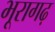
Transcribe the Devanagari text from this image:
भूरागढ़